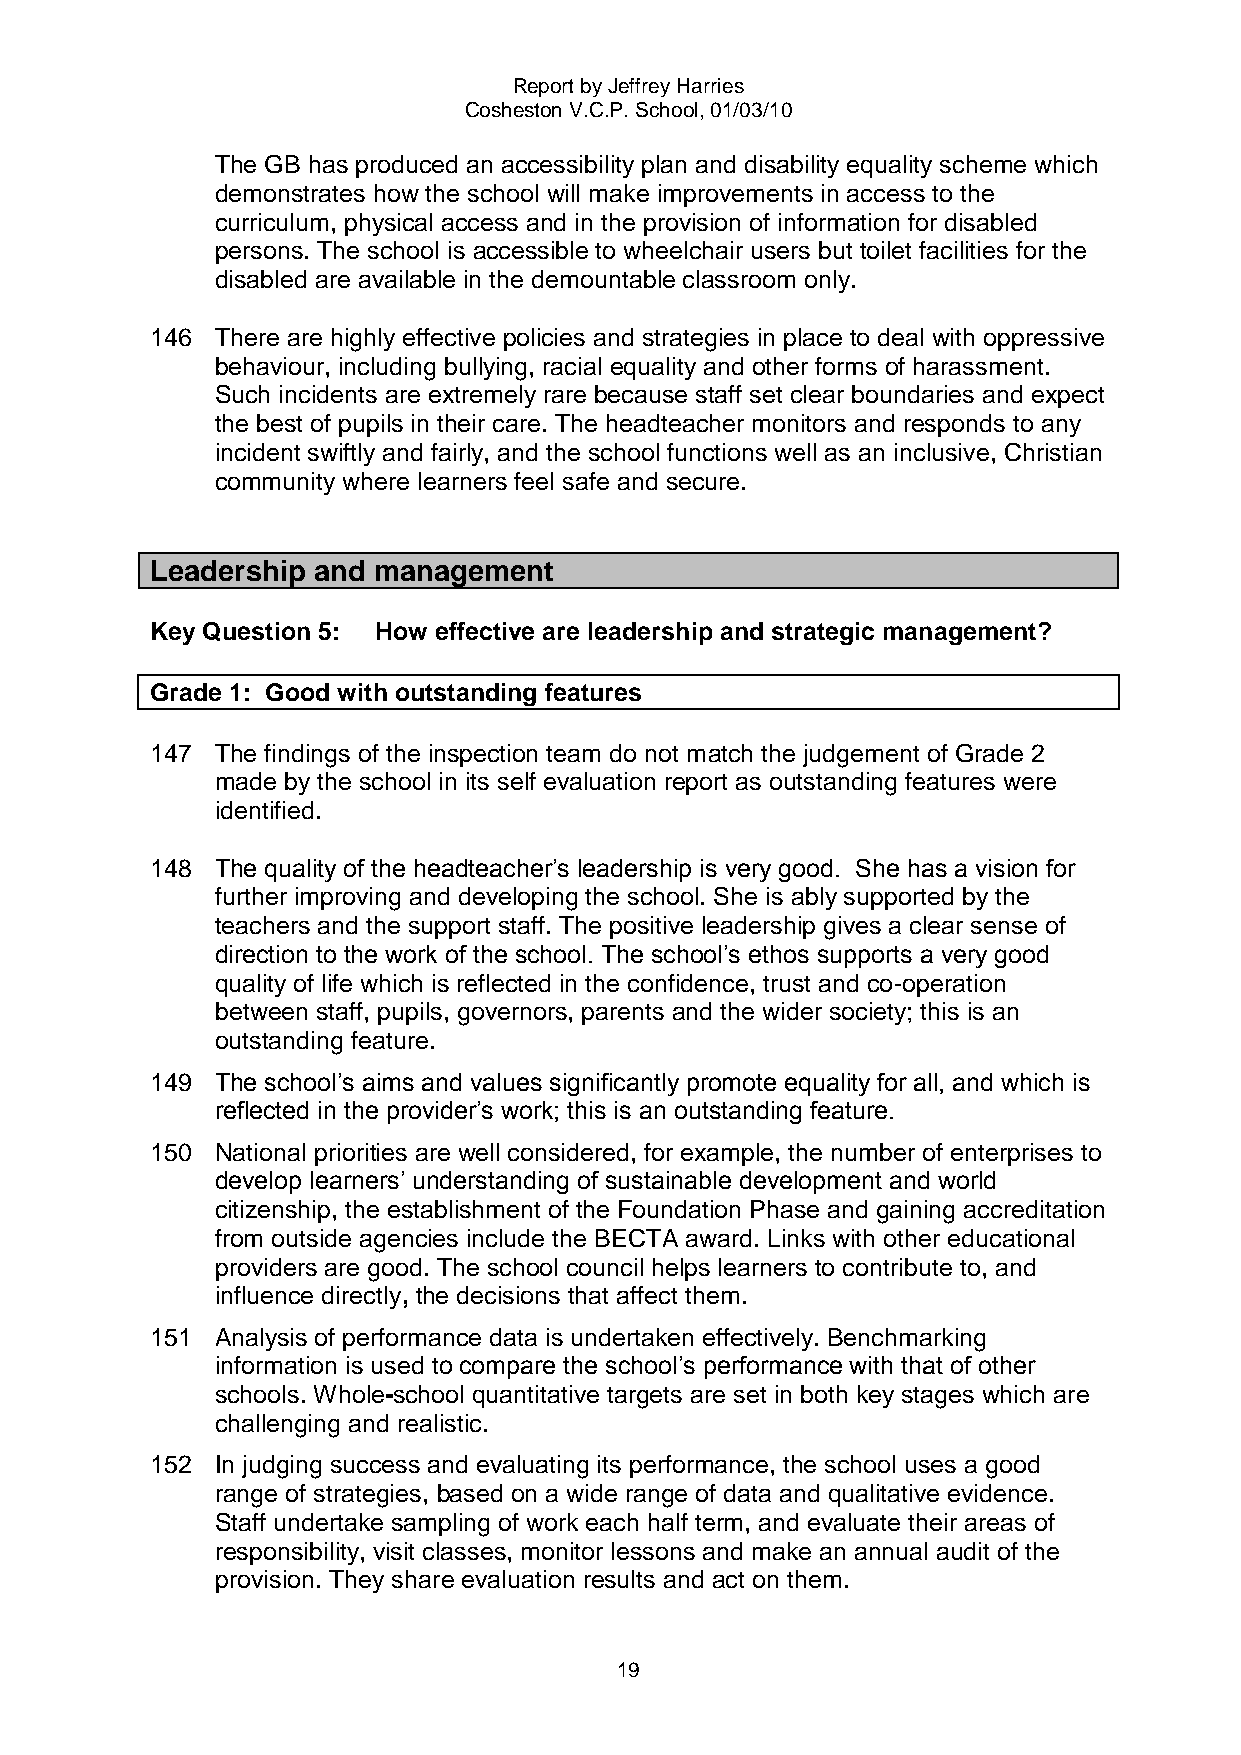
Report by Jeffrey Harries
 Cosheston V.C.P. School, 01/03/10
 The GB has produced an accessibility plan and disability equality scheme which
 demonstrates how the school will make improvements in access to the
 curriculum, physical access and in the provision of information for disabled
 persons. The school is accessible to wheelchair users but toilet facilities for the
 disabled are available in the demountable classroom only.
 146 There are highly effective policies and strategies in place to deal with oppressive
 behaviour, including bullying, racial equality and other forms of harassment.
 Such incidents are extremely rare because staff set clear boundaries and expect
 the best of pupils in their care. The headteacher monitors and responds to any
 incident swiftly and fairly, and the school functions well as an inclusive, Christian
 community where learners feel safe and secure.
 Leadership and management
 Key Question 5: How effective are leadership and strategic management?
 Grade 1: Good with outstanding features
 147 The findings of the inspection team do not match the judgement of Grade 2
 made by the school in its self evaluation report as outstanding features were
 identified.
 148 The quality of the headteacher‟s leadership is very good. She has a vision for
 further improving and developing the school. She is ably supported by the
 teachers and the support staff. The positive leadership gives a clear sense of
 direction to the work of the school. The school‟s ethos supports a very good
 quality of life which is reflected in the confidence, trust and co-operation
 between staff, pupils, governors, parents and the wider society; this is an
 outstanding feature.
 149 The school‟s aims and values significantly promote equality for all, and which is
 reflected in the provider‟s work; this is an outstanding feature.
 150 National priorities are well considered, for example, the number of enterprises to
 develop learners‟ understanding of sustainable development and world
 citizenship, the establishment of the Foundation Phase and gaining accreditation
 from outside agencies include the BECTA award. Links with other educational
 providers are good. The school council helps learners to contribute to, and
 influence directly, the decisions that affect them.
 151 Analysis of performance data is undertaken effectively. Benchmarking
 information is used to compare the school‟s performance with that of other
 schools. Whole-school quantitative targets are set in both key stages which are
 challenging and realistic.
 152 In judging success and evaluating its performance, the school uses a good
 range of strategies, based on a wide range of data and qualitative evidence.
 Staff undertake sampling of work each half term, and evaluate their areas of
 responsibility, visit classes, monitor lessons and make an annual audit of the
 provision. They share evaluation results and act on them.
 19